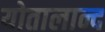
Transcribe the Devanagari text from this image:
योतालान्द